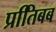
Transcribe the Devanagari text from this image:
प्रतििबब